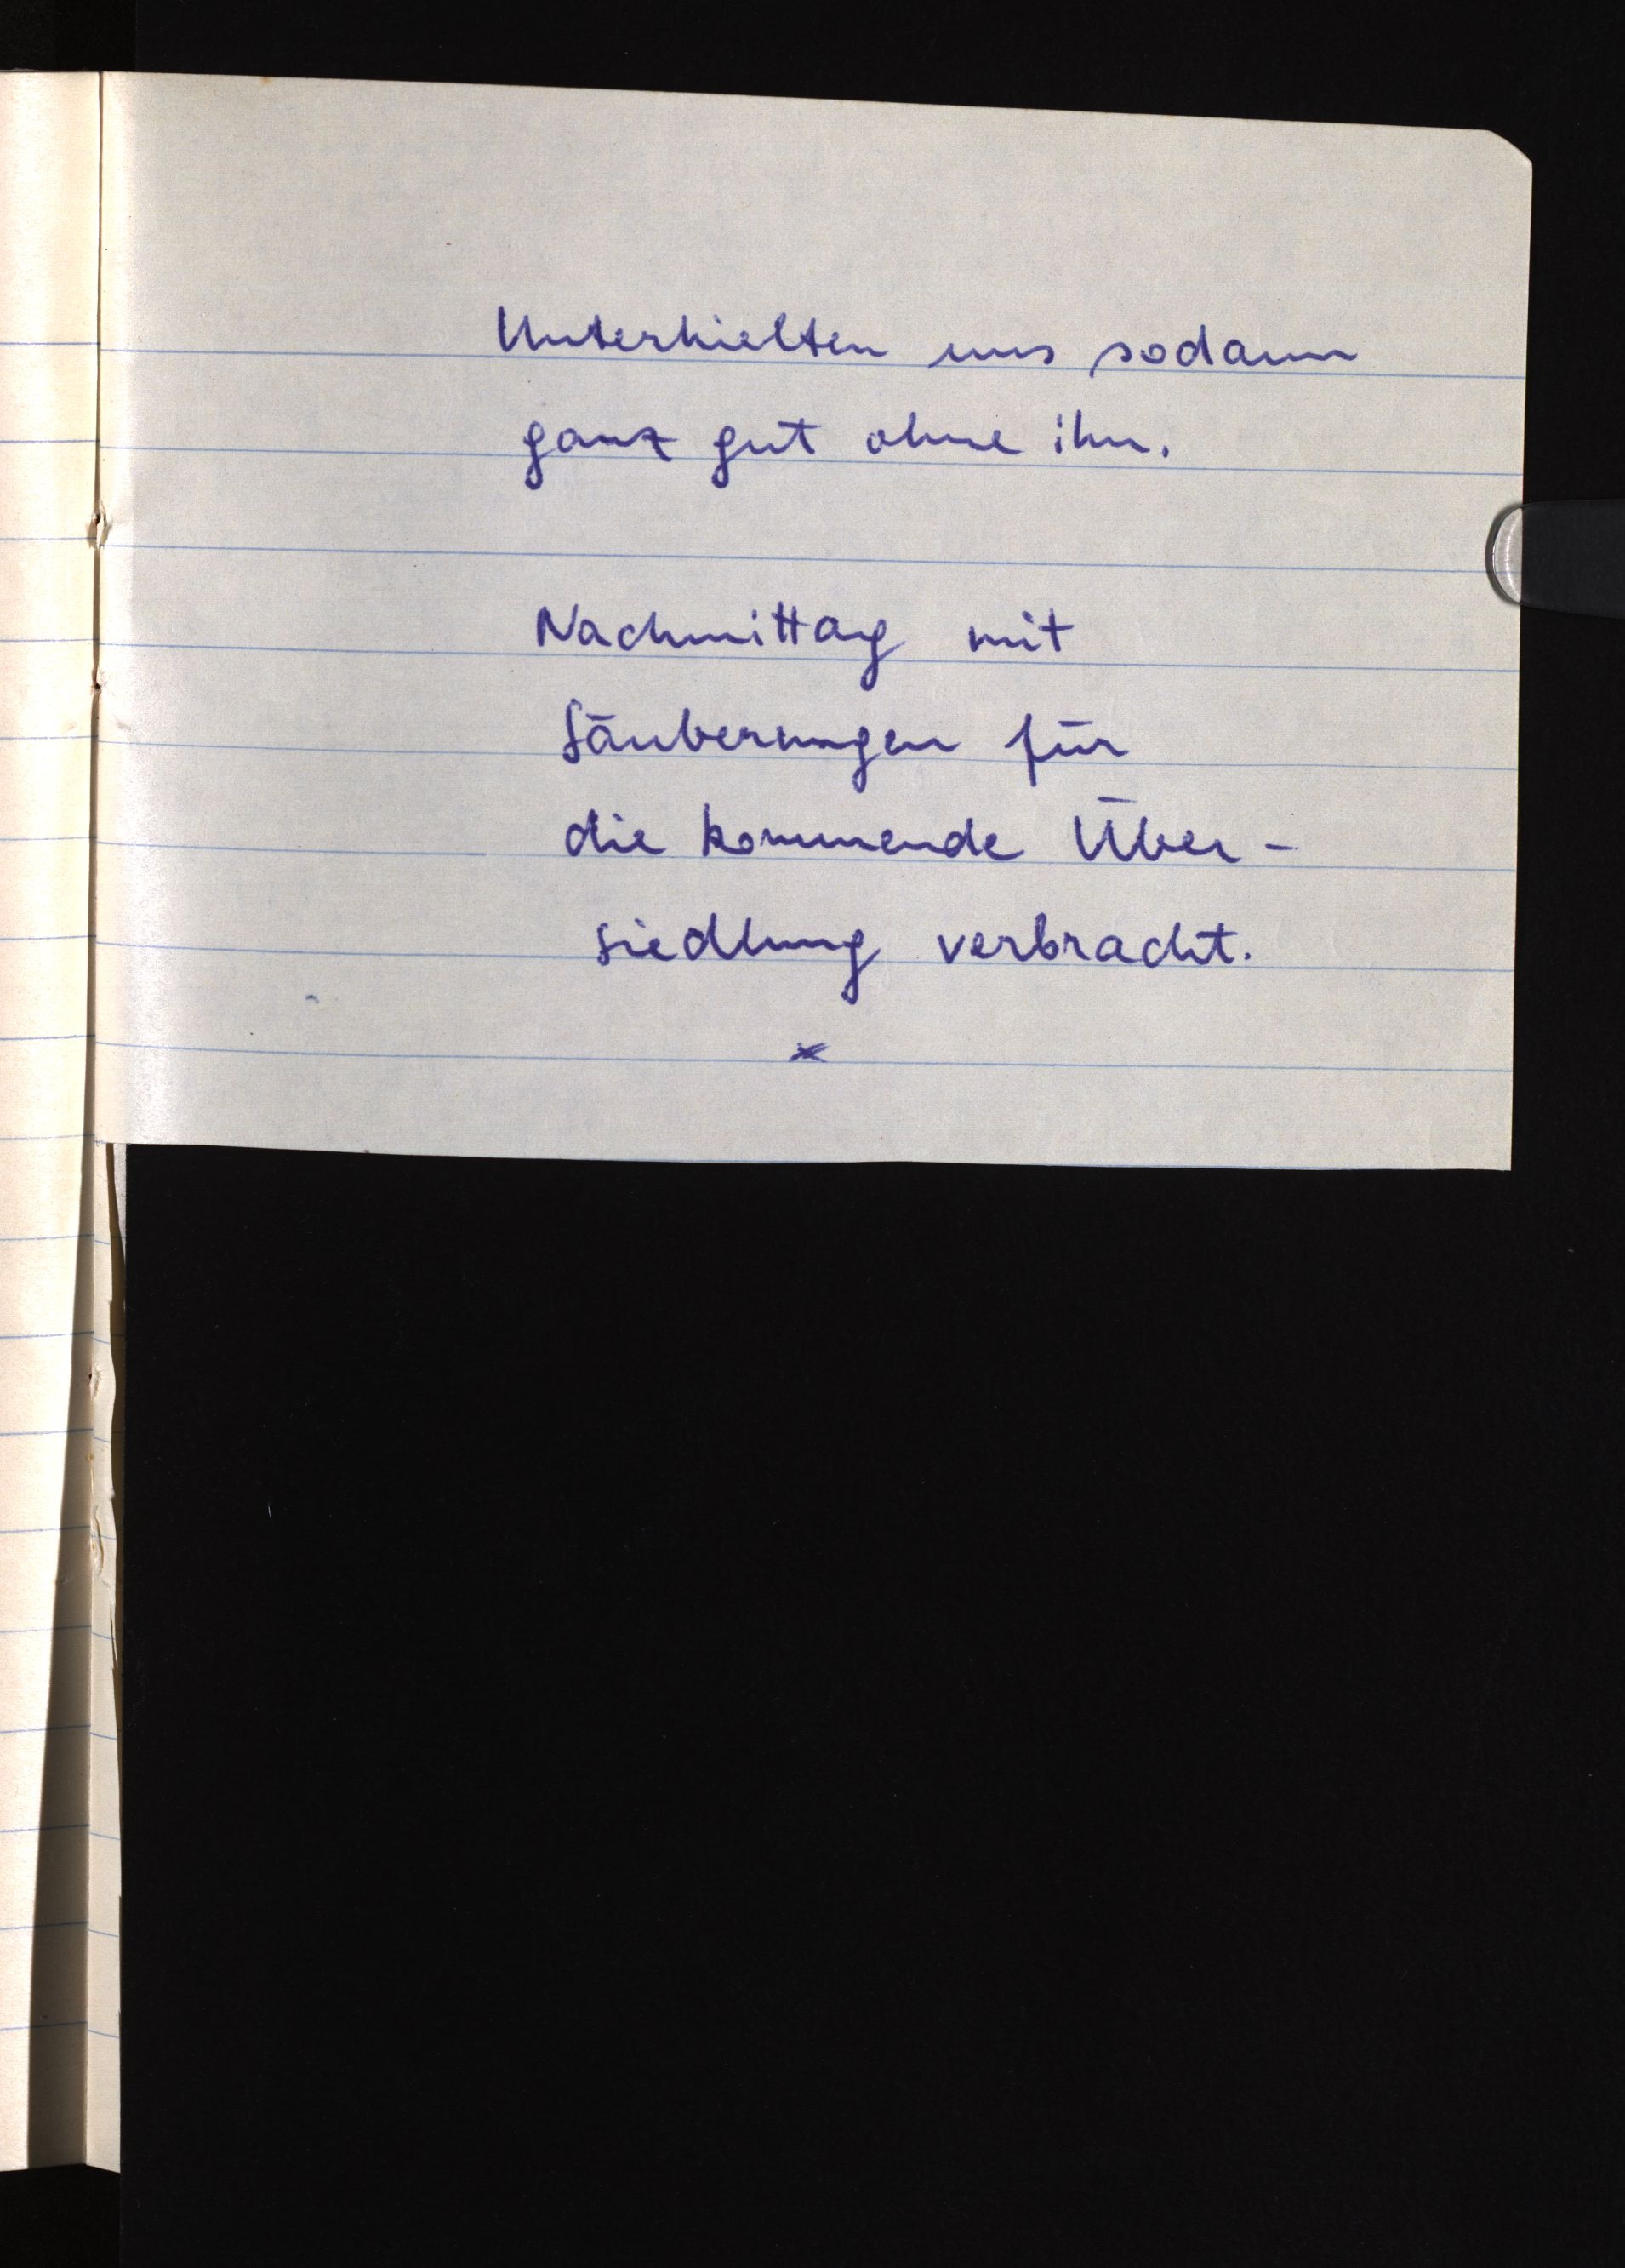
Unterhielten uns sodann
ganz gut ohne ihn.
Nachmittag mit
Säuberungen für
die kommende Über¬
siedlung verbracht.